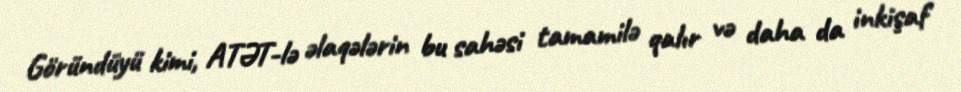
Göründüyü kimi, ATƏT-lə əlaqələrin bu sahəsi tamamilə qalır və daha da inkişaf